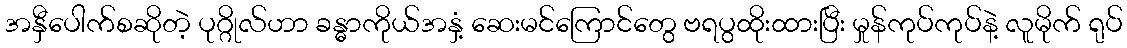
အနှီပေါက်စဆိုတဲ့ ပုဂ္ဂိုလ်ဟာ ခန္ဓာကိုယ်အနှံ့ ဆေးမင်ကြောင်တွေ ဗရပွထိုးထားပြီး မှုန်ကုပ်ကုပ်နဲ့ လူမိုက် ရုပ်